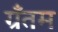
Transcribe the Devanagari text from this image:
ग्रँतम